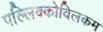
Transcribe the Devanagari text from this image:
पल्लिक्कोविलकम